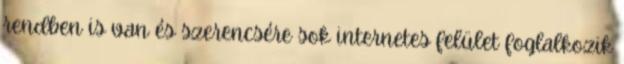
rendben is van és szerencsére sok internetes felület foglalkozik